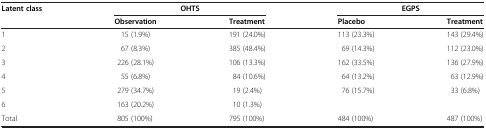
<table><thead><tr><td><b>Latent class</b></td><td colspan="2"><b>OHTS</b></td><td><b> </b></td><td colspan="2"><b>EGPS</b></td></tr><tr><td><b> </b></td><td><b>Observation</b></td><td><b>Treatment</b></td><td><b>Placebo</b></td><td><b>Treatment</b></td><td><b> </b></td></tr></thead><tbody><tr><td>1</td><td>15 (1.9%)</td><td>191 (24.0%)</td><td>113 (23.3%)</td><td>143 (29.4%)</td></tr><tr><td>2</td><td>67 (8.3%)</td><td>385 (48.4%)</td><td>69 (14.3%)</td><td>112 (23.0%)</td></tr><tr><td>3</td><td>226 (28.1%)</td><td>106 (13.3%)</td><td>162 (33.5%)</td><td>136 (27.9%)</td></tr><tr><td>4</td><td>55 (6.8%)</td><td>84 (10.6%)</td><td>64 (13.2%)</td><td>63 (12.9%)</td></tr><tr><td>5</td><td>279 (34.7%)</td><td>19 (2.4%)</td><td>76 (15.7%)</td><td>33 (6.8%)</td></tr><tr><td>6</td><td>163 (20.2%)</td><td>10 (1.3%)</td><td> </td><td> </td></tr><tr><td>Total</td><td>805 (100%)</td><td>795 (100%)</td><td>484 (100%)</td><td>487 (100%)</td></tr></tbody></table>